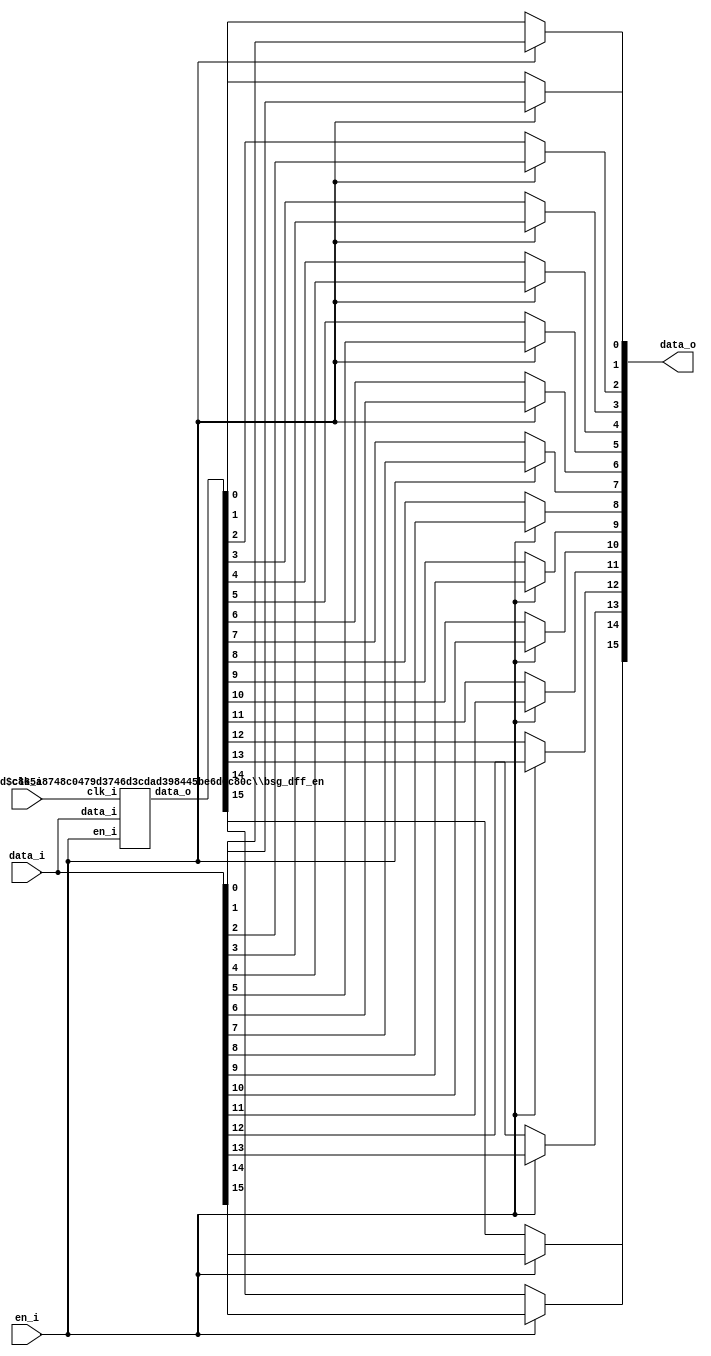
/* Generated by Yosys 0.27+9 (git sha1 101d19bb6, gcc 11.2.0-7ubuntu2 -fPIC -Os) */


module \$paramod$c865a8748c0479d3746d3cdad398445be6d0c80c\bsg_dff_en (clk_i, data_i, en_i, data_o);
  
  input clk_i;
  wire clk_i;
  
  input [15:0] data_i;
  wire [15:0] data_i;
  
  output [15:0] data_o;
  wire [15:0] data_o;
  
  reg [15:0] data_r;
  
  input en_i;
  wire en_i;
  (* \always_ff  = 32'd1 *)
  
  always @(posedge clk_i)
    if (en_i) data_r[0] <= data_i[0];
  (* \always_ff  = 32'd1 *)
  
  always @(posedge clk_i)
    if (en_i) data_r[1] <= data_i[1];
  (* \always_ff  = 32'd1 *)
  
  always @(posedge clk_i)
    if (en_i) data_r[2] <= data_i[2];
  (* \always_ff  = 32'd1 *)
  
  always @(posedge clk_i)
    if (en_i) data_r[3] <= data_i[3];
  (* \always_ff  = 32'd1 *)
  
  always @(posedge clk_i)
    if (en_i) data_r[4] <= data_i[4];
  (* \always_ff  = 32'd1 *)
  
  always @(posedge clk_i)
    if (en_i) data_r[5] <= data_i[5];
  (* \always_ff  = 32'd1 *)
  
  always @(posedge clk_i)
    if (en_i) data_r[6] <= data_i[6];
  (* \always_ff  = 32'd1 *)
  
  always @(posedge clk_i)
    if (en_i) data_r[7] <= data_i[7];
  (* \always_ff  = 32'd1 *)
  
  always @(posedge clk_i)
    if (en_i) data_r[8] <= data_i[8];
  (* \always_ff  = 32'd1 *)
  
  always @(posedge clk_i)
    if (en_i) data_r[9] <= data_i[9];
  (* \always_ff  = 32'd1 *)
  
  always @(posedge clk_i)
    if (en_i) data_r[10] <= data_i[10];
  (* \always_ff  = 32'd1 *)
  
  always @(posedge clk_i)
    if (en_i) data_r[11] <= data_i[11];
  (* \always_ff  = 32'd1 *)
  
  always @(posedge clk_i)
    if (en_i) data_r[12] <= data_i[12];
  (* \always_ff  = 32'd1 *)
  
  always @(posedge clk_i)
    if (en_i) data_r[13] <= data_i[13];
  (* \always_ff  = 32'd1 *)
  
  always @(posedge clk_i)
    if (en_i) data_r[14] <= data_i[14];
  (* \always_ff  = 32'd1 *)
  
  always @(posedge clk_i)
    if (en_i) data_r[15] <= data_i[15];
  assign data_o = data_r;
endmodule

(* top =  1  *)

module bsg_dff_en_bypass(clk_i, en_i, data_i, data_o);
  
  input clk_i;
  wire clk_i;
  
  input [15:0] data_i;
  wire [15:0] data_i;
  
  output [15:0] data_o;
  wire [15:0] data_o;
  
  wire [15:0] data_r;
  
  input en_i;
  wire en_i;
  assign data_o[0] = en_i ? data_i[0] : data_r[0];
  assign data_o[1] = en_i ? data_i[1] : data_r[1];
  assign data_o[2] = en_i ? data_i[2] : data_r[2];
  assign data_o[3] = en_i ? data_i[3] : data_r[3];
  assign data_o[4] = en_i ? data_i[4] : data_r[4];
  assign data_o[5] = en_i ? data_i[5] : data_r[5];
  assign data_o[6] = en_i ? data_i[6] : data_r[6];
  assign data_o[7] = en_i ? data_i[7] : data_r[7];
  assign data_o[8] = en_i ? data_i[8] : data_r[8];
  assign data_o[9] = en_i ? data_i[9] : data_r[9];
  assign data_o[10] = en_i ? data_i[10] : data_r[10];
  assign data_o[11] = en_i ? data_i[11] : data_r[11];
  assign data_o[12] = en_i ? data_i[12] : data_r[12];
  assign data_o[13] = en_i ? data_i[13] : data_r[13];
  assign data_o[14] = en_i ? data_i[14] : data_r[14];
  assign data_o[15] = en_i ? data_i[15] : data_r[15];
  (* module_not_derived = 32'd1 *)
  
  \$paramod$c865a8748c0479d3746d3cdad398445be6d0c80c\bsg_dff_en  dff (
    .clk_i(clk_i),
    .data_i(data_i),
    .data_o(data_r),
    .en_i(en_i)
  );
endmodule